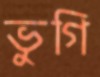
ভুগি